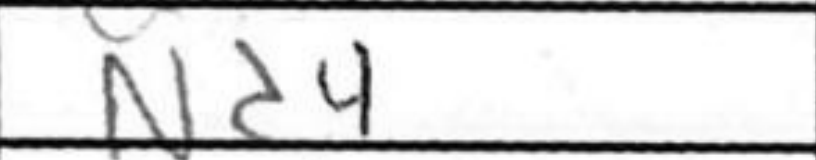
Transcription: Nd4